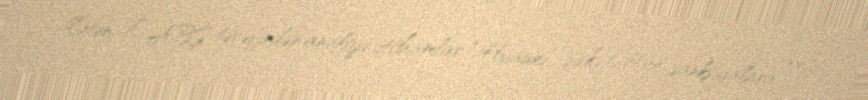
Ötən il ABŞ tərəfindən analoji ittihamlar “Huawei” şirkəti üçün sanksiyalara və